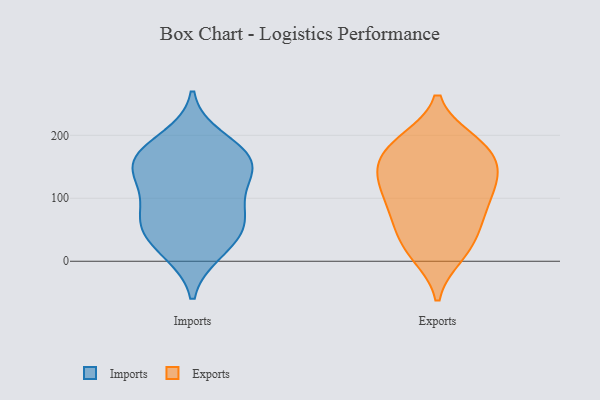
{"axis": {"x": "Backlog", "y": "Value"}, "legend": ["Exports", "Imports"], "data": [{"x": "", "y": 61, "type": "Imports"}, {"x": "", "y": 177, "type": "Imports"}, {"x": "", "y": 155, "type": "Imports"}, {"x": "", "y": 162, "type": "Imports"}, {"x": "", "y": 116, "type": "Imports"}, {"x": "", "y": 162, "type": "Imports"}, {"x": "", "y": 150, "type": "Imports"}, {"x": "", "y": 95, "type": "Imports"}, {"x": "", "y": 14, "type": "Imports"}, {"x": "", "y": 130, "type": "Imports"}, {"x": "", "y": 196, "type": "Imports"}, {"x": "", "y": 18, "type": "Imports"}, {"x": "", "y": 58, "type": "Imports"}, {"x": "", "y": 65, "type": "Imports"}, {"x": "", "y": 52, "type": "Imports"}, {"x": "", "y": 191, "type": "Exports"}, {"x": "", "y": 67, "type": "Exports"}, {"x": "", "y": 71, "type": "Exports"}, {"x": "", "y": 27, "type": "Exports"}, {"x": "", "y": 189, "type": "Exports"}, {"x": "", "y": 13, "type": "Exports"}, {"x": "", "y": 159, "type": "Exports"}, {"x": "", "y": 149, "type": "Exports"}, {"x": "", "y": 10, "type": "Exports"}, {"x": "", "y": 143, "type": "Exports"}, {"x": "", "y": 135, "type": "Exports"}, {"x": "", "y": 115, "type": "Exports"}, {"x": "", "y": 179, "type": "Exports"}, {"x": "", "y": 86, "type": "Exports"}, {"x": "", "y": 185, "type": "Exports"}, {"x": "", "y": 51, "type": "Exports"}, {"x": "", "y": 107, "type": "Exports"}, {"x": "", "y": 122, "type": "Exports"}]}